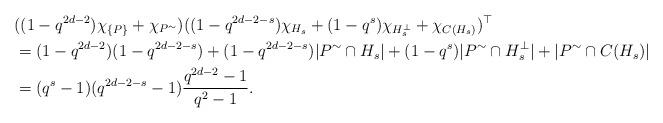
LaTeX: \begin{align*} &((1-q^{2d-2}) \chi_{\{P\}} + \chi_{P^\sim}) ((1-q^{2d-2-s}) \chi_{H_s} + (1-q^{s}) \chi_{H_s^\perp} + \chi_{C(H_s)})^\top\\ &= (1-q^{2d-2}) (1-q^{2d-2-s}) + (1-q^{2d-2-s}) |P^\sim \cap H_s| + (1-q^{s}) |P^\sim \cap H_s^\perp| + |P^\sim \cap C(H_s)|\\ &= (q^s-1)(q^{2d-2-s}-1)\frac{q^{2d-2}-1}{q^2-1}. \end{align*}